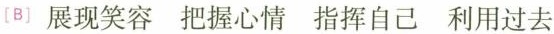
〔B〕展现笑容把握心情指挥自己利用过去